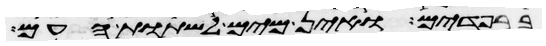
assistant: ברפידים ואין מים לשתות העם